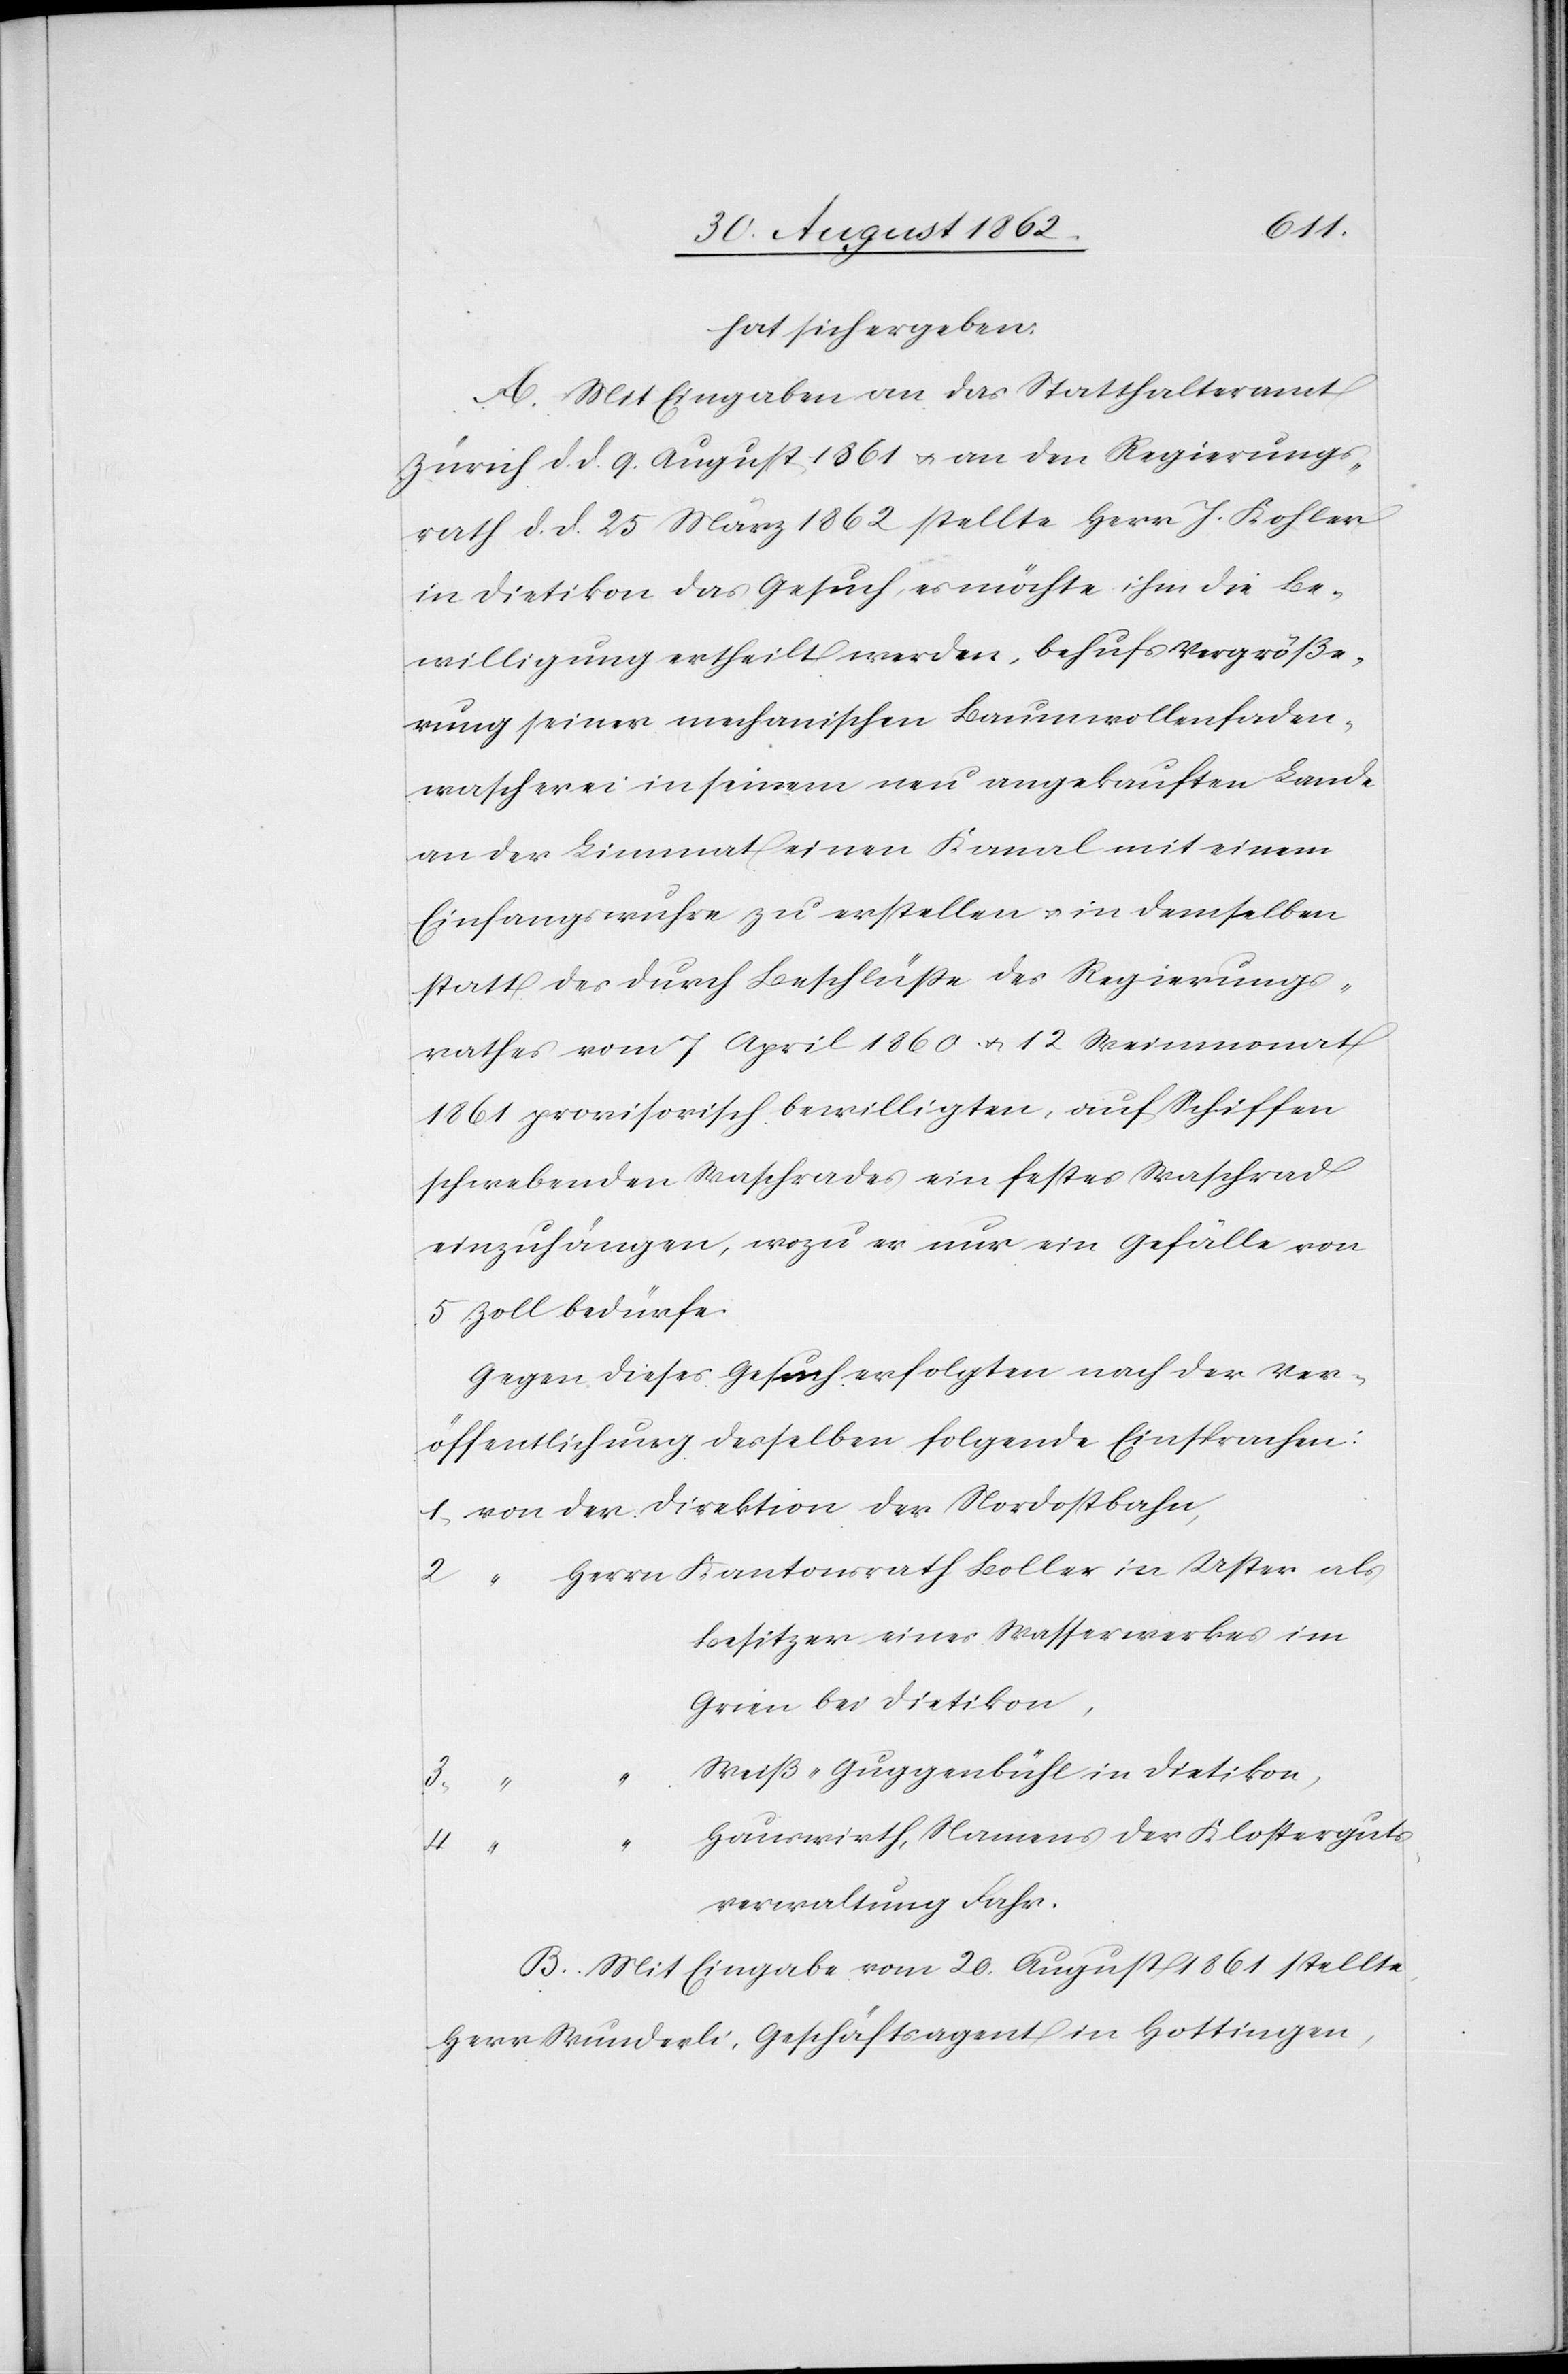
hat sich ergeben:
A. Mit Eingabe an das Statthalteramt
Zürich d. d. 9. August 1861 u. an den Regierungs¬
rath d. d. 25. März 1862 stellte Herr J. Kohler
in Dietikon das Gesuch, es möchte ihm die Be¬
willigung ertheilt werden, behufs Vergröße¬
rung seiner mechanischen Baumwollenfaden¬
wascherei in seinem neu angekauften Lande
an der Limmat einen Kanal mit einem
Einfangswuhre zu erstellen u. in demselben
statt des durch Beschlüße des Regierungs¬
rathes vom 7. April 1860 u. 12. Weinmonat
1861 provisorisch bewilligten, auf Schiffen
schwebenden Waschrades ein festes Waschrad
einzuhängen, wozu es nur ein Gefälle von
5 Zoll bedürfe.
Gegen dieses Gesuch erfolgten nach der Ver¬
öffentlichung desselben folgende Einsprachen:
Besitzer eines Wasserwerkes im
Grien bei Dietikon,
Weiß-Guggenbühl in Dietikon,
4.
Hauswirth, Namens der Klosterguts¬
2.
verwaltung Fahr.
B. Mit Eingabe vom 20. August 1861 stellte
Herr Wunderli, Geschäftsagent in Hottingen,